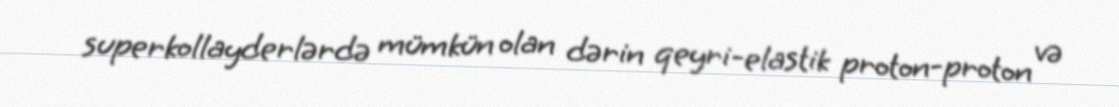
superkollayderlərdə mümkün olan dərin qeyri-elastik proton-proton və